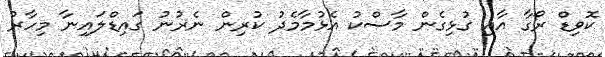
ކޮވިޑް ރޯގާ އާއި ގުޅިގެން މާސްކު އެޅުމާމެދު ކުރިން ނެރުނު ގައިޑްލައިނާ މިހާރު